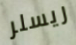
ريسلر